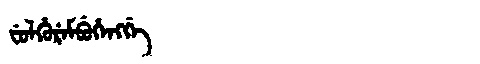
Manchu: ᠸᡠᠯᡥᡠᡵᡝᠮᠪᡠᡥᡝᠩᡤᡝ
Romanization: FULHUREMBUHENGGE